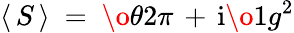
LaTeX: \langle\, S\, \rangle~=~{\o{\theta}{2\pi}}\, +\, \mathrm{i}{\o{1}{g^{2}}}